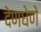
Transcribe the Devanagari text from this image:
देणघेणे